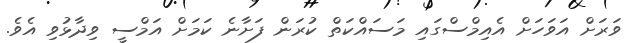
ވަރަށް އަވަހަށް އެއިމްސްގައި މަސައްކަތް ކުރަން ފަށާނެ ކަމަށް އަމްސީ ވިދާޅުވި އެވެ.